Annual report of lunatic asylums [Bombay] - 1912-1922
Year: 1912
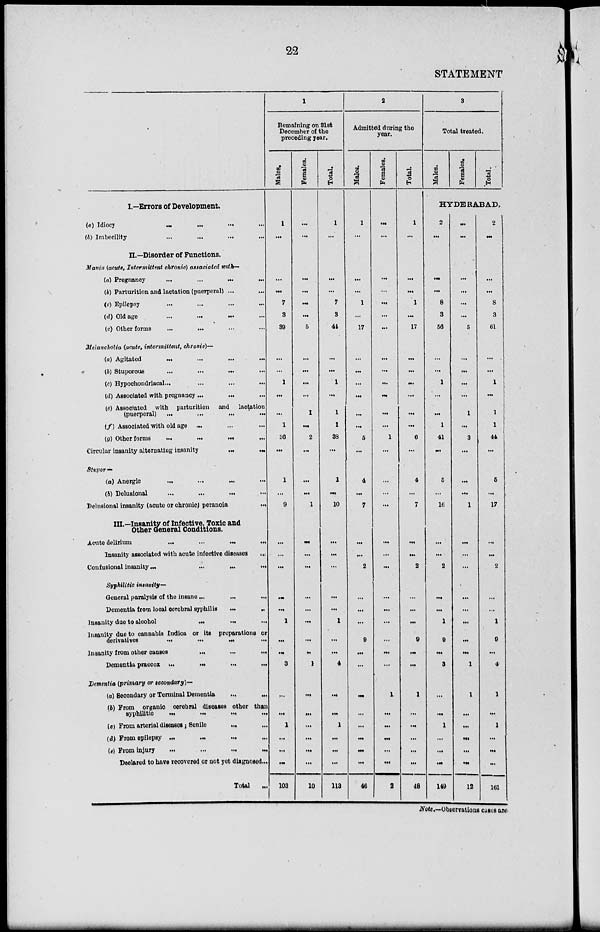
22
STATEMENT
I.—Errors of Development.
(a) Idiocy ... ... ... ...
(b) Imbecility ... ... ... ...
II.—Disorder of Functions.
Mania (acute, Intermittent chronic) associated with—
(a) Pregnancy ... ... ... ...
(b) Parturition and lactation (puerperal) ... ...
(c) Epilepsy
...
...
...
...
(d) Old age
...
...
...
...
(e) Other forms ... ... ... ...
Melancholia (acute, intermittent, chronic)—
(a) Agitated
...
...
...
...
(b) Stuporous ... ... ... ...
(c) Hypochondriacal... ... ... ...
(d) Associated with pregnancy ... ... ...
(e) Associated with parturition and lactation
(puerperal)
...
...
...
...
(f) Associated with old age ... ... ...
(g) Other forms
...
...
...
...
Circular insanity alternating insanity
...
...
Stupor—
(a) Anergic ... ... ... ...
(b) Delusional
...
...
...
...
Delusional insanity (acute or chronic) peranoia
...
III.—Insanity of Infective, Toxic and
Other General Conditions.
Acute delirium
...
...
...
...
Insanity associated with acute infective diseases
...
Confusional insanity
...
...
...
...
Syphilitic insanity—
General paralysis of the insane
...
...
...
Domentia from local cerebral syphilis ... ...
Insanity due to alcohol
...
...
...
Insanity due to cannabis Indica or its preparations or
derivatives ... ... ... ...
Insanity from other
causes
...
...
...
Dementia praecox
...
...
...
...
Dementia (primary or secondary)—
(a) Secondary or Terminal Dementia
...
...
lb) From organic cerebral diseases other than
syphilitic
...
...
...
...
(c) From arterial diseases ; Senile
...
(d) From epilepsy
...
...
...
...
(e) From injury
...
...
...
...
Declared to have recovered or not yet diagnosed...
Total
...
1
Remaining on 31st
December of the
preceding year.
Males.
1
...
...
...
7
3
39
...
...
1
...
...
1
36
...
1
...
9
...
...
...
...
...
1
...
...
3
...
...
1
...
...
...
103
Females.
...
...
...
...
...
...
5
...
...
...
...
1
...
2
...
...
...
1
...
...
...
...
...
...
...
...
1
...
...
...
...
...
...
10
Total.
1
...
...
...
7
3
44
...
...
1
...
1
1
38
...
1
...
10
...
...
...
...
...
1
...
...
4
...
...
1
...
...
...
113
2
Admitted during the
year.
Male.
1
...
...
...
1
...
17
...
...
...
...
...
...
5
...
4
...
7
...
...
2
...
...
...
9
...
...
...
...
...
...
...
...
46
Females.
...
...
...
...
...
...
...
...
...
...
...
...
...
1
...
...
...
...
...
...
...
...
...
...
...
...
...
1
...
...
...
...
...
2
Total.
1
...
...
...
1
...
17
...
...
...
...
...
...
6
...
4
...
7
...
...
2
...
...
...
9
...
...
1
...
...
...
...
48
3
Total treated.
Males.
Females.
Total.
HYDERABAD.
2
...
...
...
8
3
56
...
...
1
...
...
1
41
...
5
...
16
...
...
2
...
...
1
9
...
3
...
...
1
...
...
...
149
...
...
...
...
...
...
5
...
...
...
...
1
...
3
...
...
...
1
...
...
...
...
...
...
...
...
1
1
...
...
...
...
...
12
2
...
...
...
8
3
61
...
...
1
...
1
1
44
...
5
...
17
...
...
2
...
...
1
9
...
4
1
...
1
...
...
...
161
Note.—Observations cases are